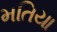
મતિયા